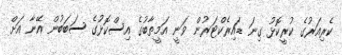
ކެރިއަރުގެ ކުރީކޮޅު ގިނަ ޑައިރެކްޓަރުން ވަނީ އަމީތާބުގެ އިސްކޮޅުގެ ސަބަބުން އޭނާ އަށް